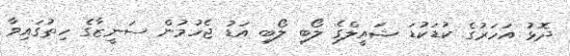
ދޮޅު އަހަރުގެ ކުޑަކުޑަ ޝައީލްގެ ލޯބި ލޯބި އަޑު ޖެހުމުން ސަނީޒާގެ ހިތުގައިވާ